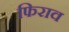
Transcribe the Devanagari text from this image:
फिराव